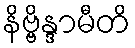
နိဗ္ဗိန္ဒာမီတိ